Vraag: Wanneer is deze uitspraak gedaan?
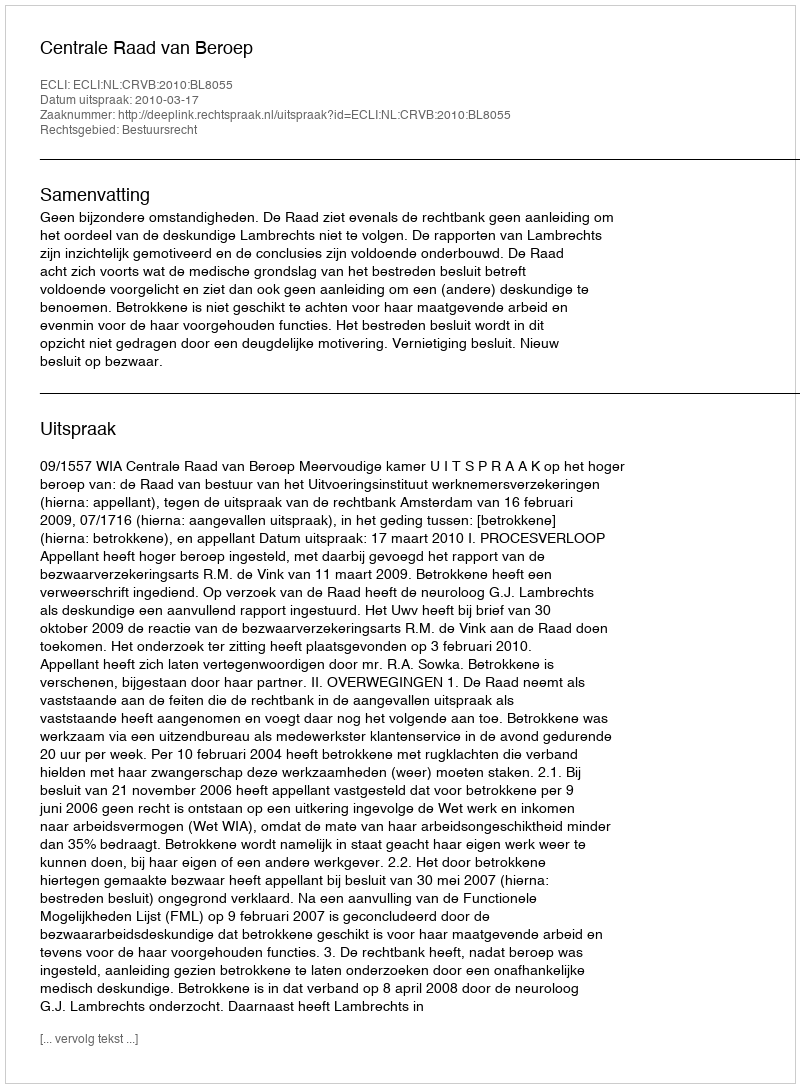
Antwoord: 2010-03-17